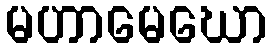
မဟာမေဃော